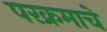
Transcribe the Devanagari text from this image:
परक्रमाचे